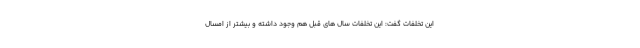
این تخلفات گفت: این تخلفات سال های قبل هم وجود داشته و بیشتر از امسال